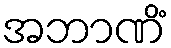
အဘာဏိံ